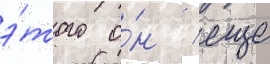
э́того о́н / еще